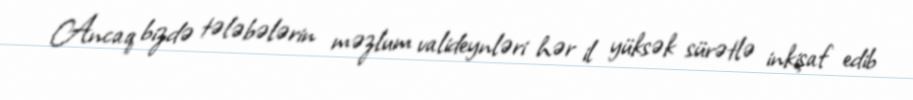
Ancaq bizdə tələbələrin məzlum valideynləri hər il yüksək sürətlə inkişaf edib